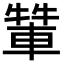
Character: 𨌾